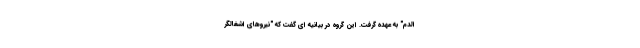
الدم" به عهده گرفت. این گروه در بیانیه ای گفت که "نیروهای اشغالگر